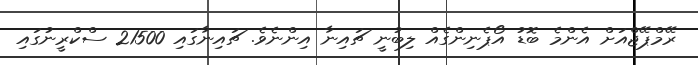
ރޭމްޕޭޖްއަށް އެންމެ ބޮޑު އޯޕެނިންގެއް ލިބުނީ ޗައިނާ އިންނެވެ. ޗައިނާގައި 21500 ސްކްރީނުގައި